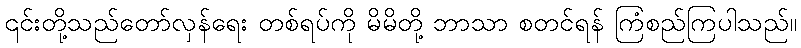
၎င်းတို့သည်တော်လှန်ရေး တစ်ရပ်ကို မိမိတို့ ဘာသာ စတင်ရန် ကြံစည်ကြပါသည်။